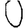
Digit: 0